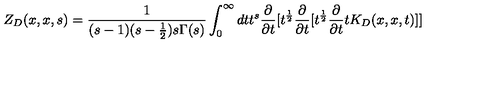
Z _ { D } ( x , x , s ) = { \frac { 1 } { ( s - 1 ) ( s - { \frac { 1 } { 2 } } ) s \Gamma ( s ) } } \int _ { 0 } ^ { \infty } d t t ^ { s } { \frac { \partial } { \partial t } } [ t ^ { \frac { 1 } { 2 } } { \frac { \partial } { \partial t } } [ t ^ { \frac { 1 } { 2 } } { \frac { \partial } { \partial t } } t K _ { D } ( x , x , t ) ] ]